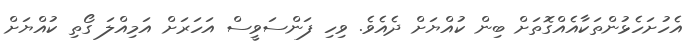
އެހުށަހެޅުންތަކާއެއްގޮތަށް ބިން ކުއްޔަށް ދެއެވެ. ވިހި ފަންސަވީސް އަހަރަށް އަމިއްލަ ގޯތި ކުއްޔަށް